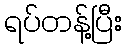
ရပ်တန့်ပြီး